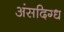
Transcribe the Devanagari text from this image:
अंसदिग्ध